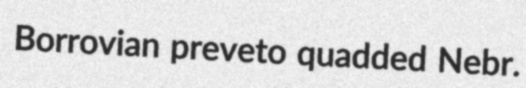
Borrovian preveto quadded Nebr.